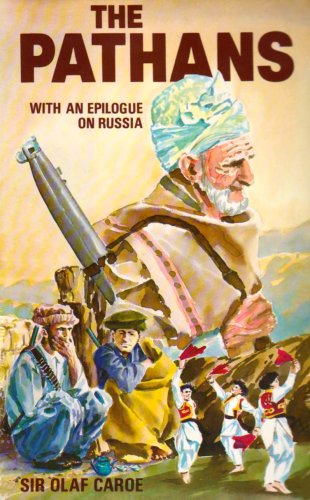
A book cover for The Pathans: 550 B.C.- A.D. 1957 (Oxford in Asia Historical Reprints); Olaf Caroe; History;